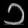
Digit: ၁